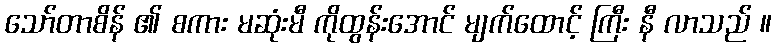
သော်တာစိန် ၏ စကား မဆုံးမီ ကိုထွန်းအောင် မျက်ထောင့် ကြီး နီ လာသည် ။